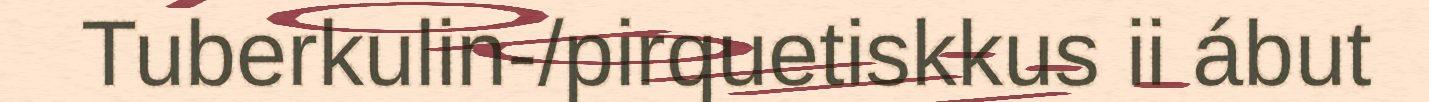
Tuberkulin-/pirquetiskkus ii ábut